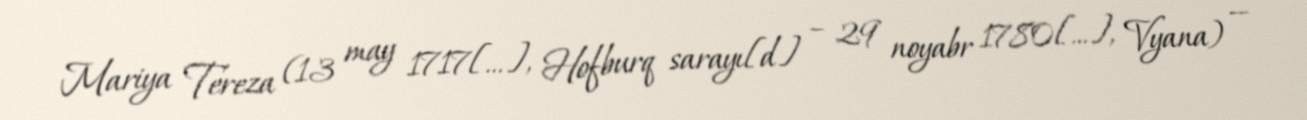
Mariya Tereza (13 may 1717[…], Hofburq sarayı[d] – 29 noyabr 1780[…], Vyana) —